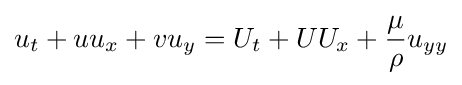
\displaystyle u_{t}+uu_{x}+vu_{y}=U_{t}+UU_{x}+{\frac {\mu }{\rho }}u_{yy}